Document type: Grant
Year: 1445
Scribe: Antoni Gomar
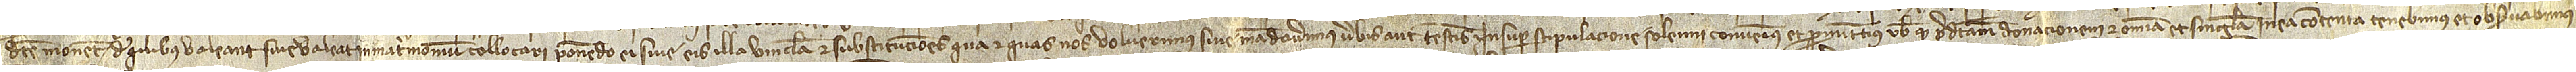
dicte monete, de quibus valeant sive valeat in matrimonium collocari, ponendo ei sive eis illa vincula et substitutiones qua et quas nos voluerimus sive mandaverimus verbis aut testamentis. Insuper stipulacione solemni convenimus et promittimus vobis quod predictam donacionem et omnia et singula in ea contenta tenebimus et observabimus